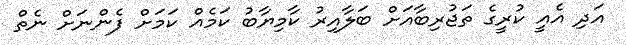
އަދި އެއީ ކުރީގެ ތަޖުރިބާއަށް ބަލާއިރު ކާމިޔާބު ކަމެއް ކަމަށް ފެންނަށް ނެތް